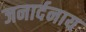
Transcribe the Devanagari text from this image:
जनार्दनाय